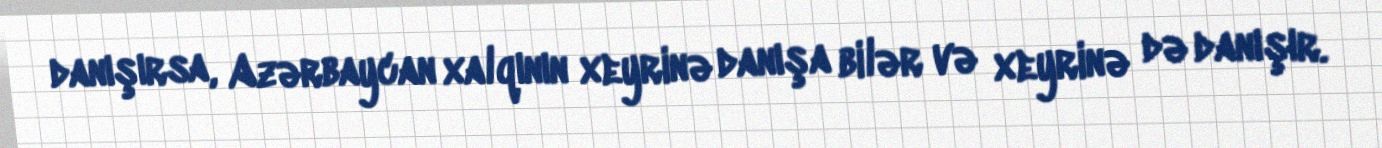
danışırsa, Azərbaycan xalqının xeyrinə danışa bilər və xeyrinə də danışır.